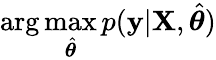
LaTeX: \arg\operatorname*{max}_{\hat{\boldsymbol{\theta}}}p(\textbf{y}|\textbf{X},\hat{\boldsymbol{\theta}})